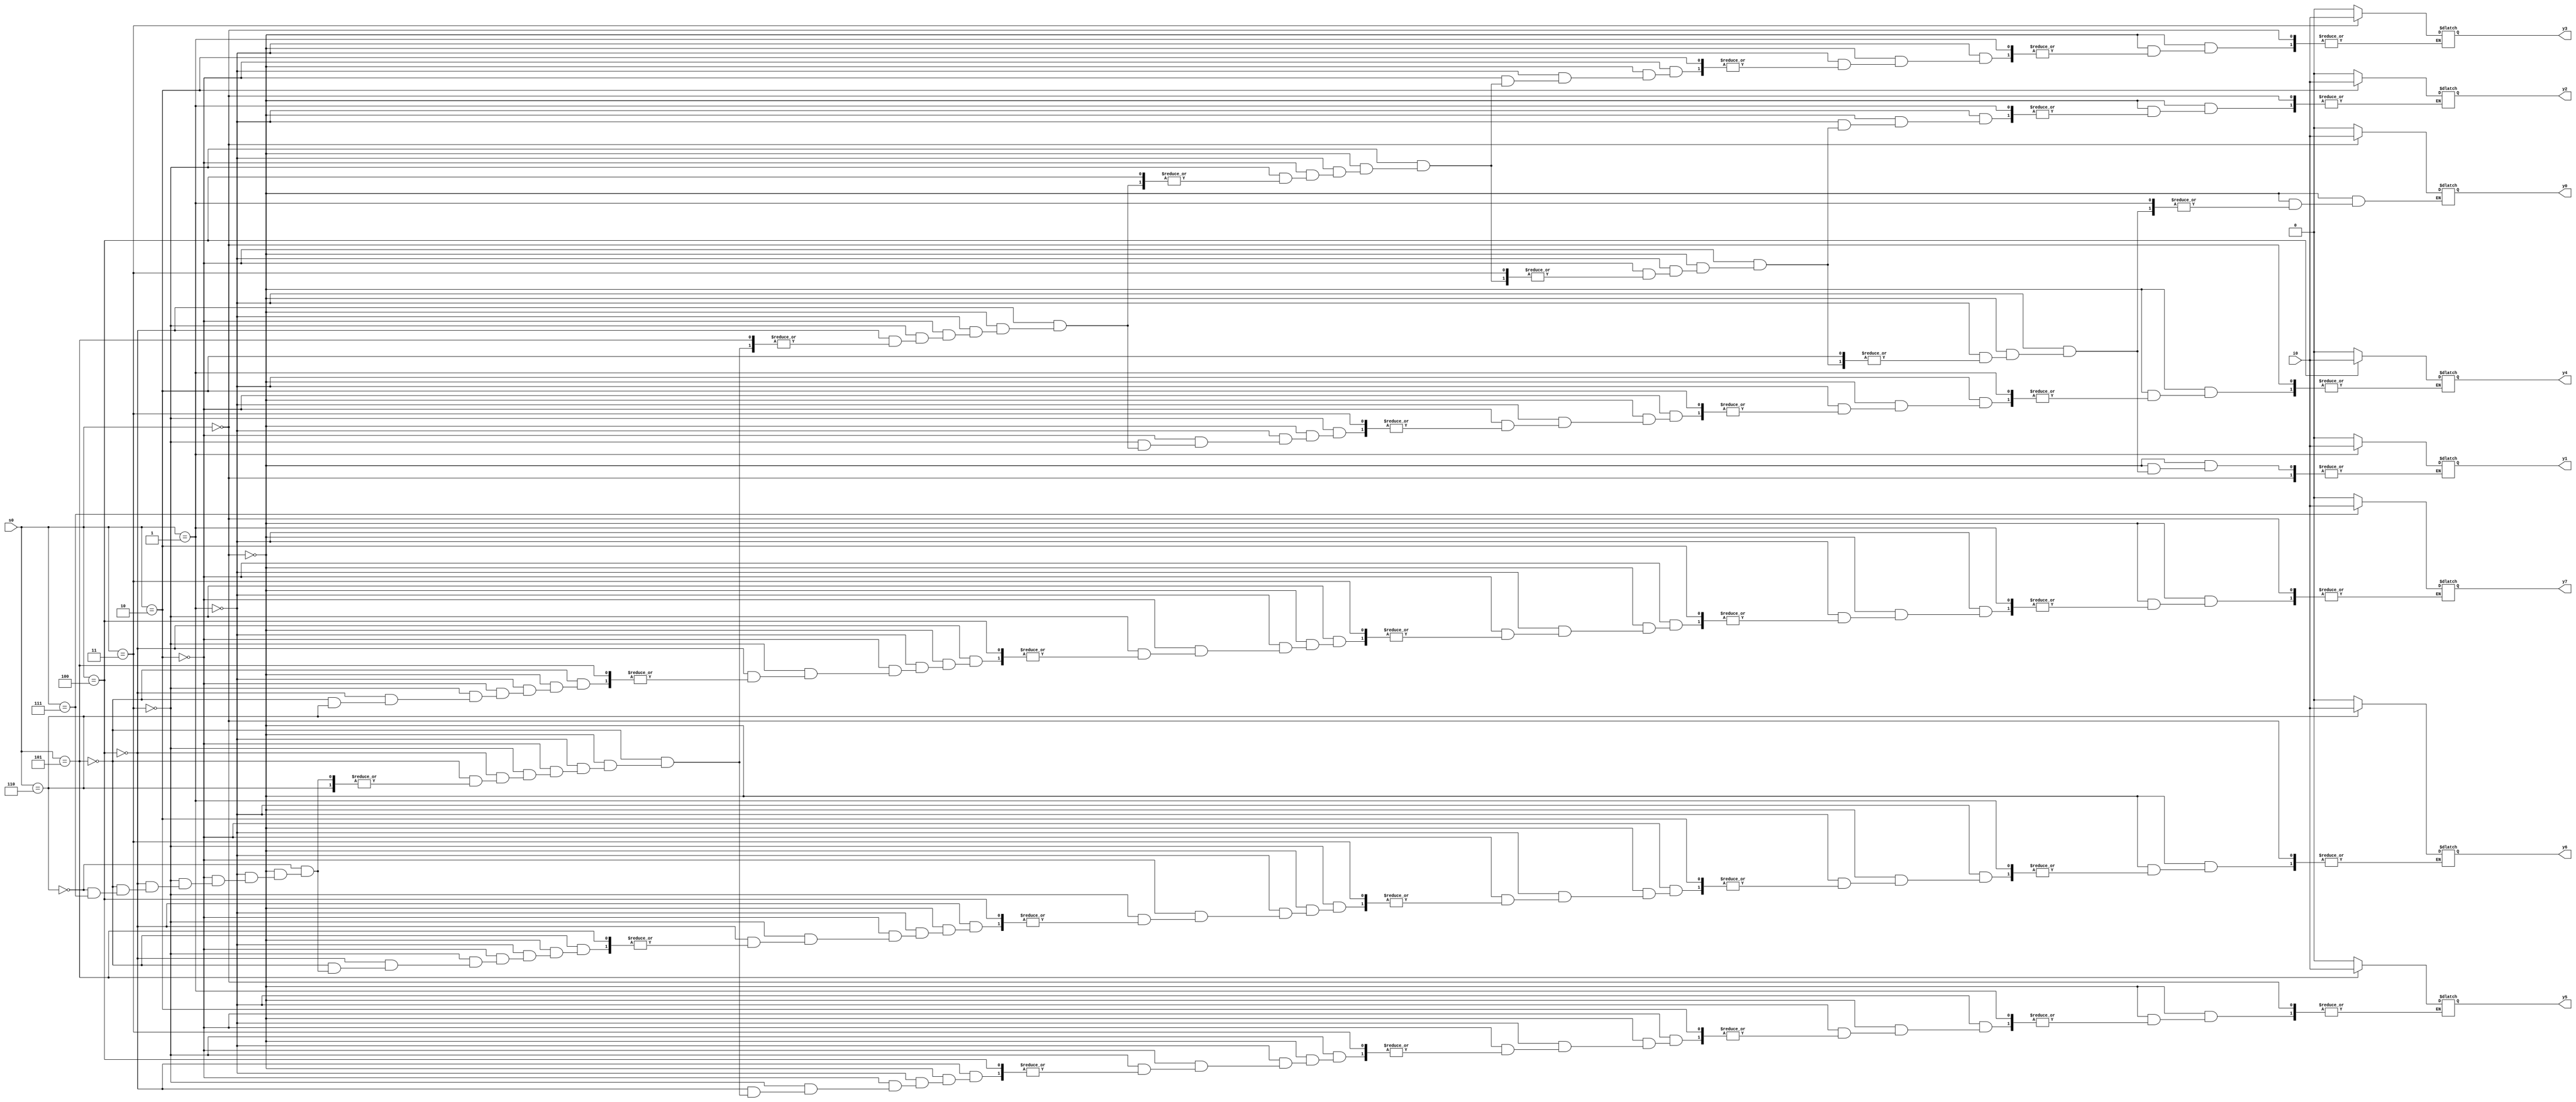
module dmux_1_8(
    input i0,
    input [2:0] s0,
    output reg y0,
    output reg y1,
    output reg y2,
    output reg y3,
    output reg y4,
    output reg y5,
    output reg y6,
    output reg y7
);
	always @* begin
	    if(s0==3'b000)
	        y0=i0;
	    else if(s0==3'b001)
	        y1=i0;
	    else if(s0==3'b010)
	        y2=i0;
	    else if(s0==3'b011)
	        y3=i0;
	    else if(s0==3'b100)
	        y4=i0;
	    else if(s0==3'b101)
	        y5=i0;
	    else if(s0==3'b110)
	        y6=i0;
	    else if(s0==3'b111)
	        y7=i0;
	    else begin
	        y0=1'b0;
	        y1=1'b0;
	        y2=1'b0;
	        y3=1'b0;
	        y4=1'b0;
	        y5=1'b0;
	        y6=1'b0;
	        y7=1'b0;
	    end
	end
endmodule